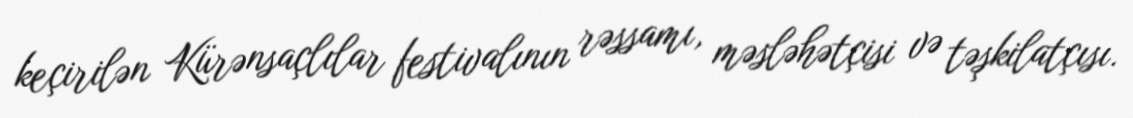
keçirilən Kürənsaçlılar festivalının rəssamı, məsləhətçisi və təşkilatçısı.